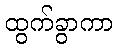
ထွက်ခွာကာ